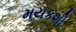
મયકશી